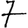
Digit: 7